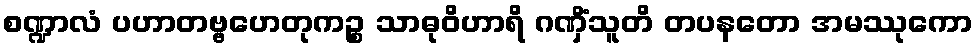
စဏ္ဍာလံ ပဟာတဗ္ဗဟေတုကဉ္စ သာဓုဝိဟာရိ ဂဏှိံသူတိ တပနတော အမဿုကော